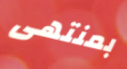
بمنتهى